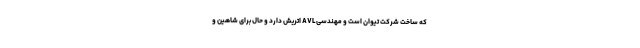
که ساخت شرکت تیوان است و مهندسی AVL اتریش دارد و حال برای شاهین و